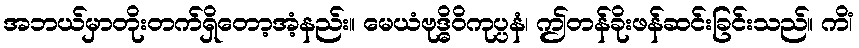
အဘယ်မှာတိုးတက်ရှိတော့အံ့နည်း။ မေယံဗုဒ္ဓိဝိကုပ္ပနံ၊ ဤတန်ခိုးဖန်ဆင်းခြင်းသည်။ ကိံ၊